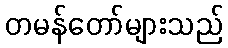
တမန်တော်များသည်